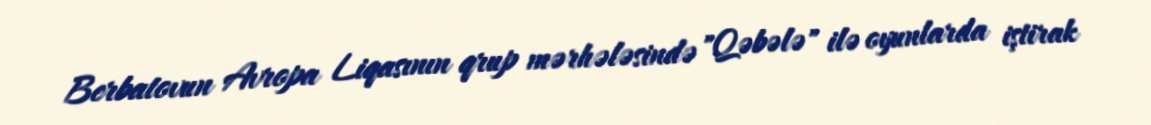
Berbatovun Avropa Liqasının qrup mərhələsində "Qəbələ" ilə oyunlarda iştirak